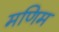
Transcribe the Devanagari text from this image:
मणिम